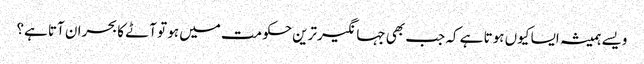
ویسے ہمیشہ ایسا کیوں ہوتا ہے کہ جب بھی جہانگیرترین حکومت میں ہو تو آٹے کا بحران آتا ہے؟